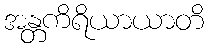
အန္တကိရိယာယာတိ